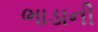
ભાડાની